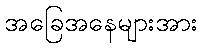
အခြေအနေများအား